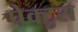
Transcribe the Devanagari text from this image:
पेक्टुस